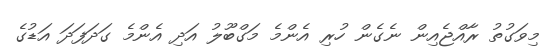
މިވަގުތު ރާއްޖެއިން ނެގެން ހުރި އެންމެ މަގްބޫލު އަދި އެންމެ ގަދަފަދަ އަޑުގެ